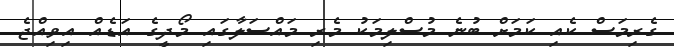
ގެރިމަސް ކެއި ކަމަށް ބުނެ މުސްލިމަކު މެރި މައްސަލާގައި މޯދީގެ އަޑެއް އިވިއްޖެ